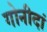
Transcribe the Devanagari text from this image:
गोनीदां